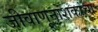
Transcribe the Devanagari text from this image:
जीवाणूनाशकांचा